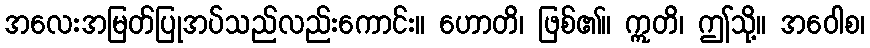
အလေးအမြတ်ပြုအပ်သည်လည်းကောင်း။ ဟောတိ၊ ဖြစ်၏။ ဣတိ၊ ဤသို့။ အဝေါစ၊